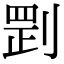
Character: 㓻